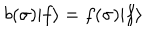
b ( \sigma ) | f \rangle = f ( \sigma ) | f \rangle